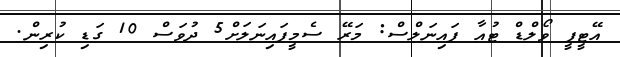
އޭޓީޕީ ވޯލްޑް ޓުއާ ފައިނަލްސް: މަރޭ ސެމީފައިނަލަށް5 ދުވަސް 10 ގަޑި ކުރިން.